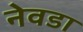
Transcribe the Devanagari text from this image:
नेवडा